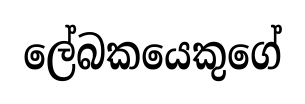
ලේබකයෙකුගේ